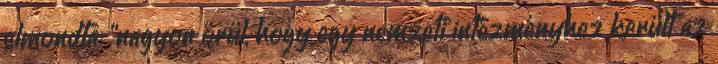
elmondta: “nagyon örül, hogy egy nemzeti intézményhez került az